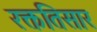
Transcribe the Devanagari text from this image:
रक्ततिसार